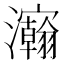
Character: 𰝴